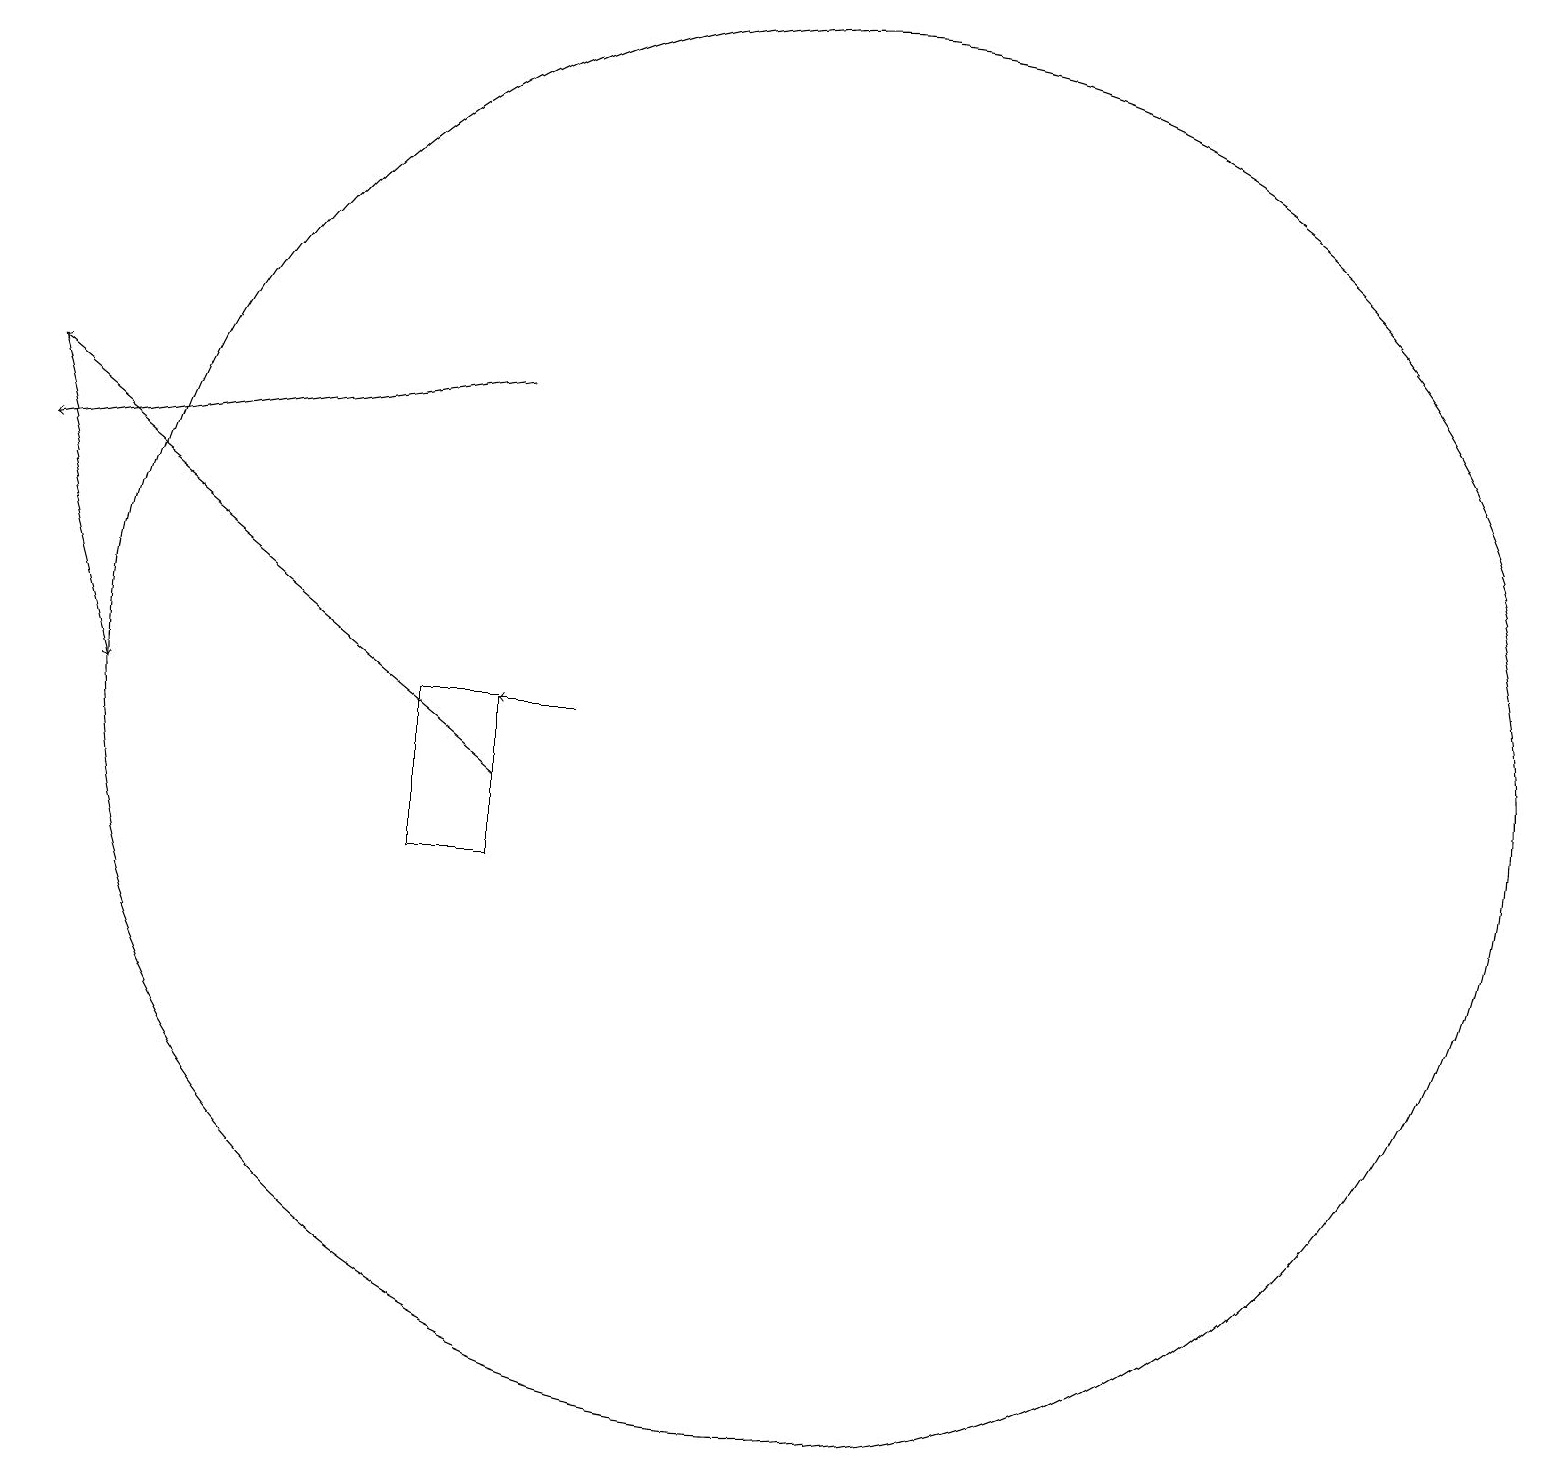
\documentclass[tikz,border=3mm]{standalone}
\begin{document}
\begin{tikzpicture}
\draw[->] (6,11) -- (0,16);
\draw[->] (7,12) -- (6,12);
\draw (6,10) rectangle (5,12);
\draw[->] (6,16) -- (0,15);
\draw[->] (0,16) -- (1,12);
\draw (11,10) circle (0);
\draw (10,12) circle (9);
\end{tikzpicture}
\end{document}